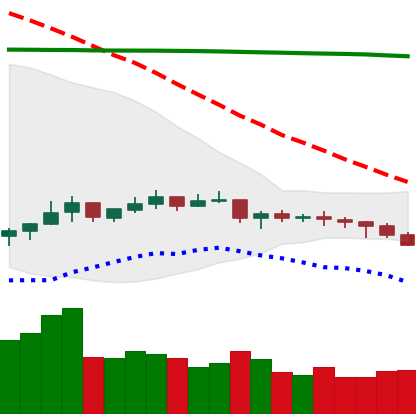
Ticker: NEO-USD
Chart end date: 2021-07-16
Forward return: -6.336%
Label: down_5_7